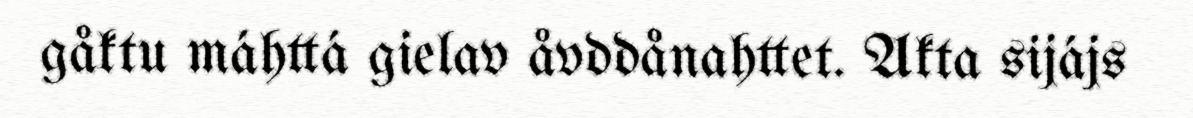
gåktu máhttá gielav åvddånahttet. Akta sijájs